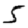
Digit: 5